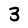
Character: 3